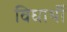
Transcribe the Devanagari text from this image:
विघार्थी